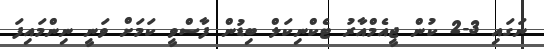
ނަގައި 3-2 ކުން ޖީއެމްއާރު ޓެކްނިކަލް ބިޑުން ފާސްވީ ކަމަށް ވަނީ ނިންމައިފަ